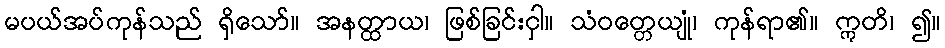
မပယ်အပ်ကုန်သည် ရှိသော်။ အနတ္ထာယ၊ ဖြစ်ခြင်းငှါ။ သံဝတ္တေယျုံ၊ ကုန်ရာ၏။ ဣတိ၊ ၍။